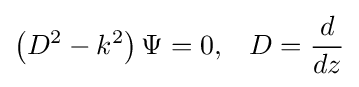
\left(D^{2}-k^{2}\right)\Psi =0,\,\,\,\ D={\frac {d}{dz}}